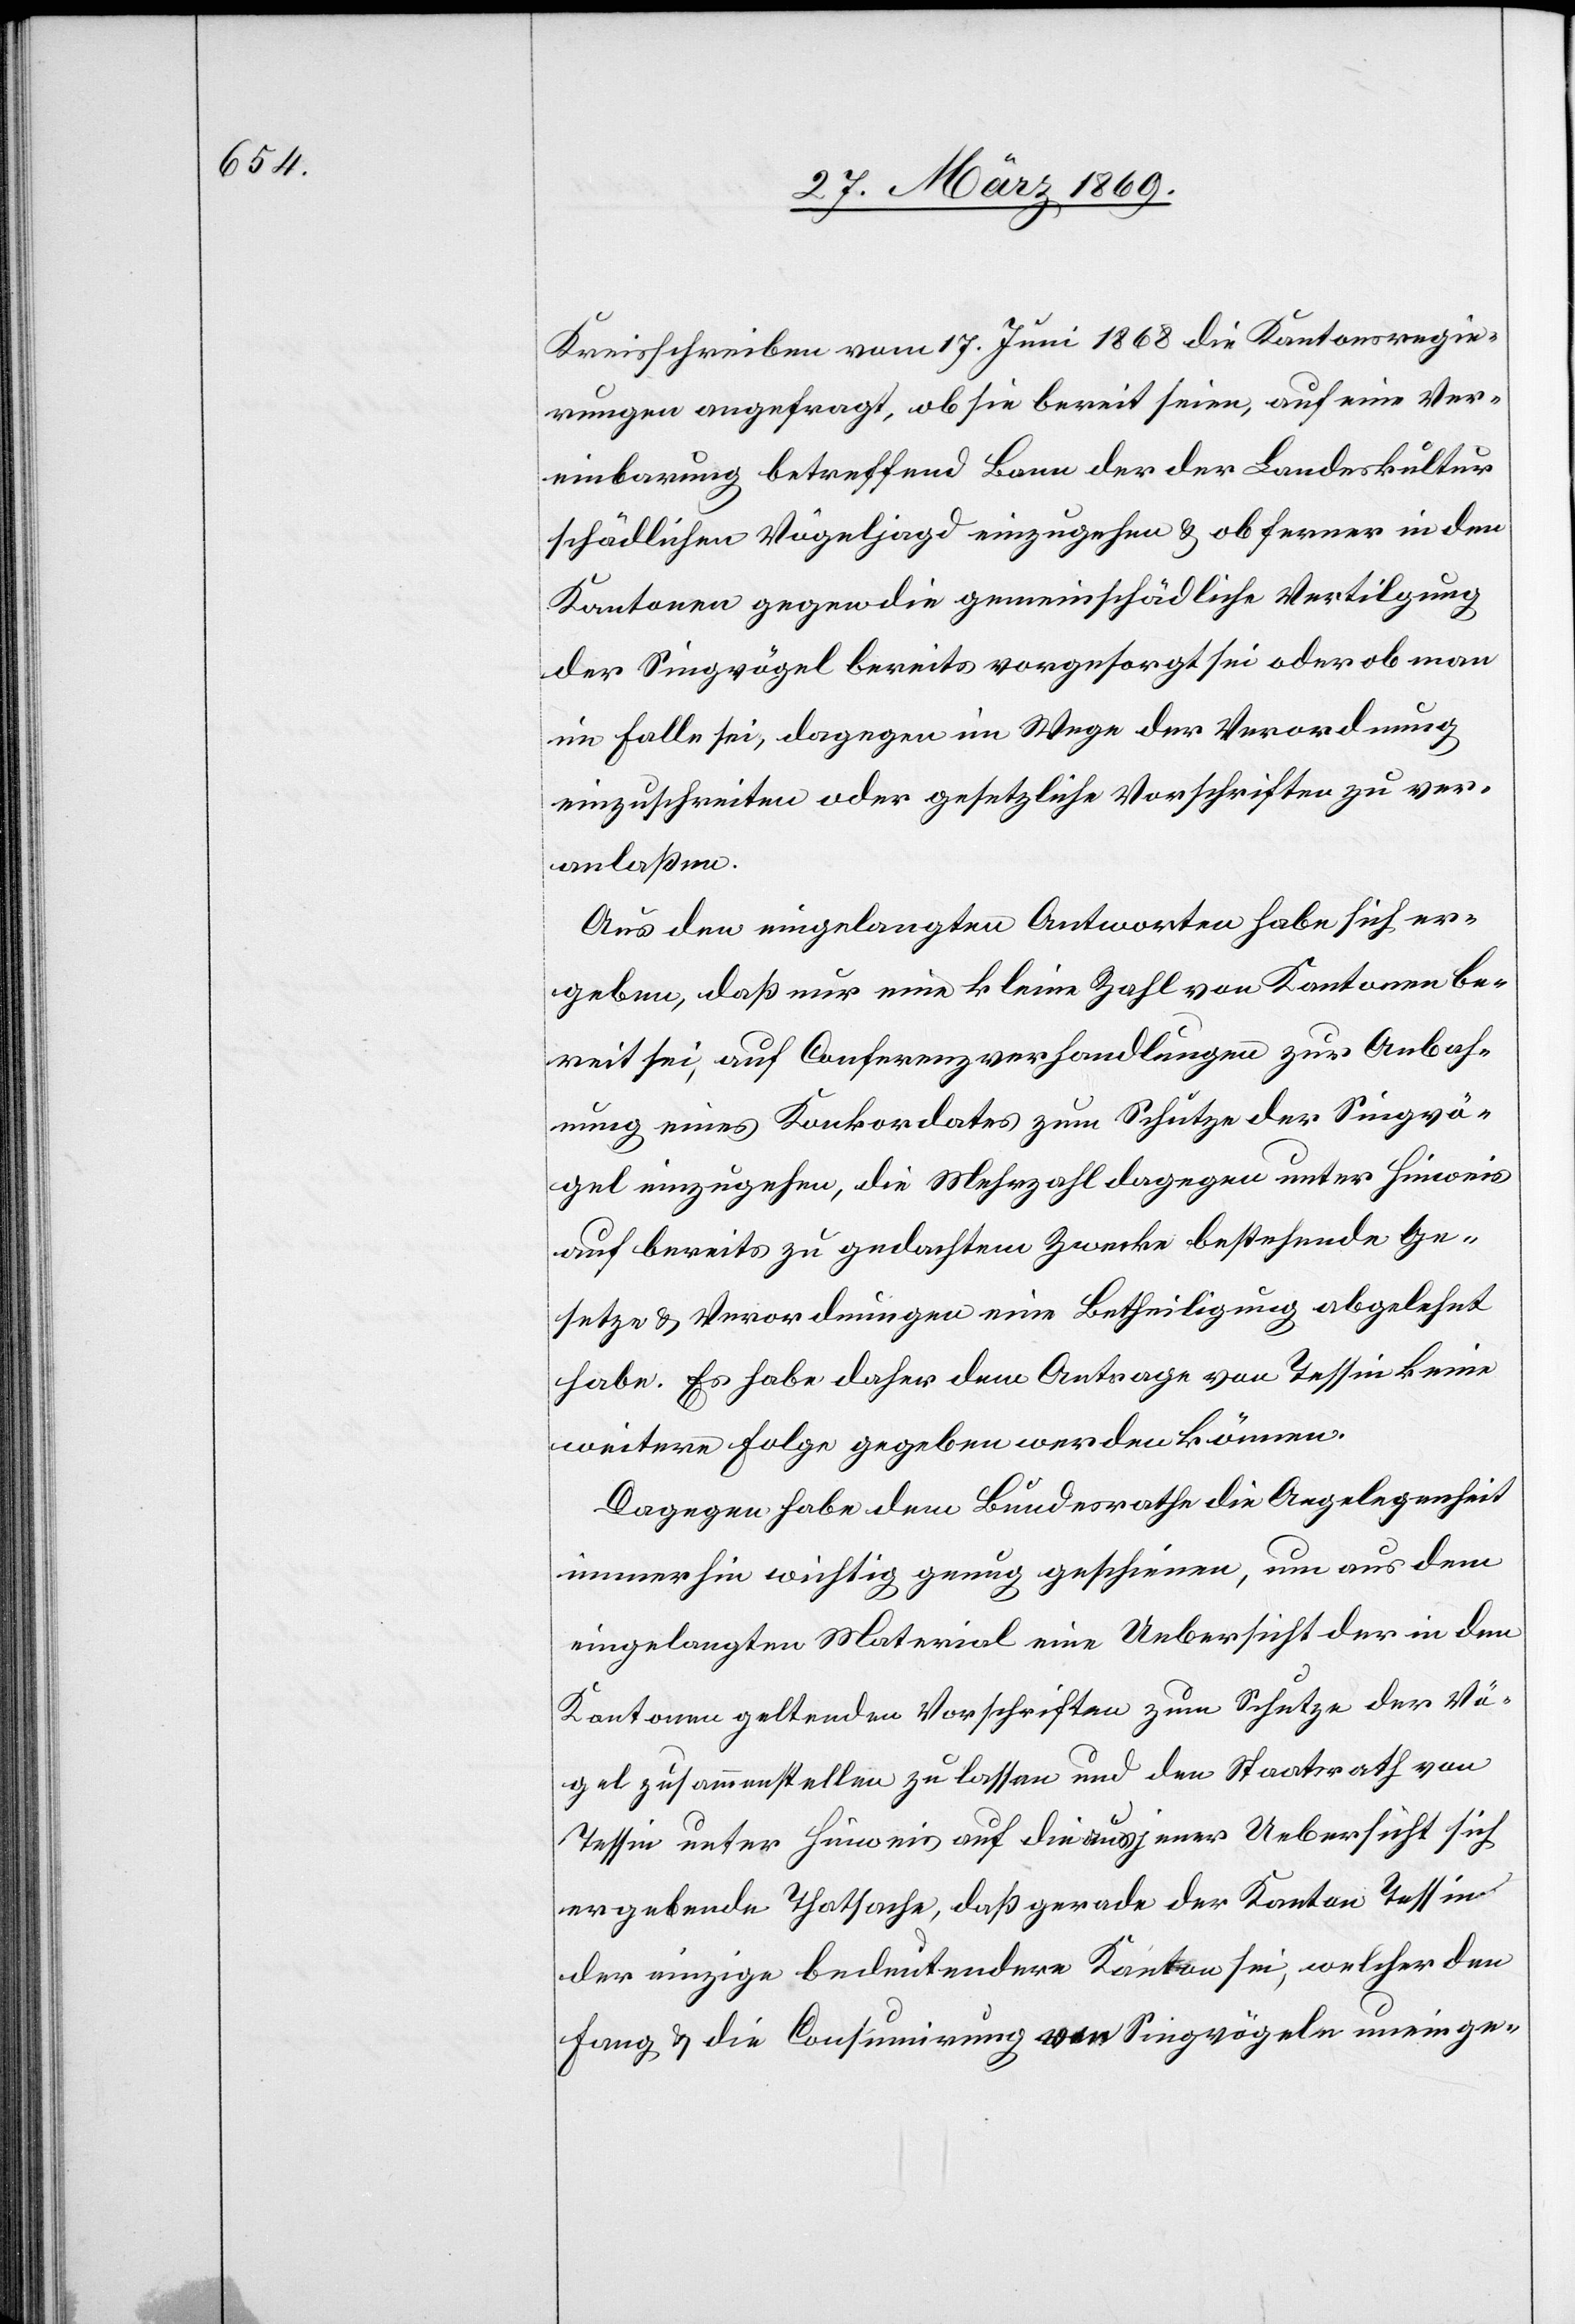
Kreisschreiben vom 17. Juni 1868 die Kantonsregie¬
rungen angefragt, ob sie bereit seien, auf eine Ver¬
einbarung betreffend Bann der der Landeskultur
schädlichen Vögeljagd einzugehen, ob ferner in den
Kantonen gegen die gemeinschädliche Vertilgung
der Singvögel bereits vorgesorgt sei oder ob man
im Falle sei, dagegen im Wege der Verordnung
einzuschreiten oder gesetzliche Vorschriften zu ver¬
anlaßen.
Aus den eingelangten Antworten habe sich er¬
geben, daß nur eine kleine Zahl von Kantonen be¬
reit sei, auf Conferenzverhandlungen zur Anbah¬
nung eines Konkordates zum Schutze der Singvö¬
gel einzugehen, die Mehrzahl dagegen unter Hinweis
auf bereits zu gedachtem Zwecke bestehende Ge¬
setze u. Verordnungen eine Betheiligung abgelehnt
habe. Es habe daher dem Antrage von Tessin keine
weitere Folge gegeben werden können.
Dagegen habe dem Bundesrath die Angelegenheit
immerhin wichtig genug geschienen, um aus dem
eingelangten Material eine Uebersicht der in den
Kantonen geltenden Vorschriften zum Schutze der Vö¬
gel zusammenstellen zu lassen und den Staatsrath von
Tessin unter Hinweis auf die aus jener Uebersicht sich
ergebende Thatsache, daß gerade der Kanton Tessin
der einzige bedeutendere Kanton sei, welcher den
Fang u. die Consumirung von Singvögeln uneinge-